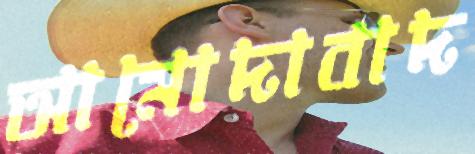
আমোদাবাদ